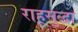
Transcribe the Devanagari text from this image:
राहूसुद्धा